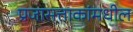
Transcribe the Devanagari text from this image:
प्रजासत्ताकांमधील